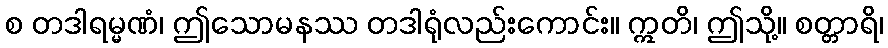
စ တဒါရမ္မဏံ၊ ဤသောမနဿ တဒါရုံလည်းကောင်း။ ဣတိ၊ ဤသို့။ စတ္တာရိ၊